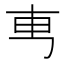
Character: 𠃫